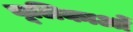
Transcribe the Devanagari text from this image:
चूलिकाओं